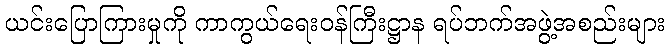
ယင်းပြောကြားမှုကို ကာကွယ်ရေးဝန်ကြီးဋ္ဌာန ရပ်ဘက်အဖွဲ့အစည်းများ